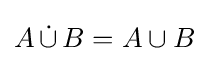
A\,{\dot {\cup }}\,B=A\cup B